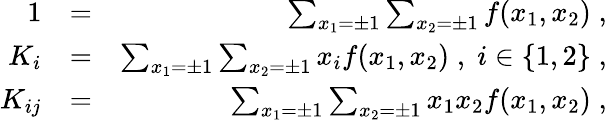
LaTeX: \begin{array}{rlr}{1}&{=}&{\sum_{x_{1}=\pm 1}\sum_{x_{2}=\pm 1}f(x_{1},x_{2})\; ,}\\ {K_{i}}&{=}&{\sum_{x_{1}=\pm 1}\sum_{x_{2}=\pm 1}x_{i}f(x_{1},x_{2})\; ,\; i\in\{ 1,2\} \; ,}\\ {K_{ij}}&{=}&{\sum_{x_{1}=\pm 1}\sum_{x_{2}=\pm 1}x_{1}x_{2}f(x_{1},x_{2})\; ,}\end{array}